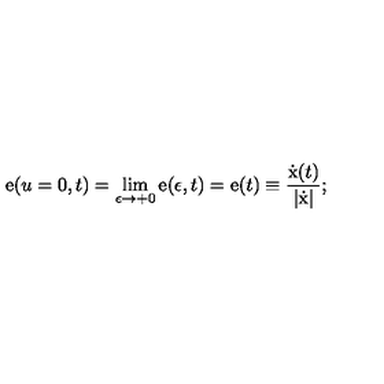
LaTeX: { \mathrm { \boldmath e } } ( u = 0 , t ) = \lim _ { \epsilon \rightarrow + 0 } { \mathrm { \boldmath e } } ( \epsilon , t ) = { \mathrm { \boldmath e } } ( t ) \equiv \frac { \dot { \mathrm { \boldmath x } } ( t ) } { | \dot { \mathrm { \boldmath x } } | } ;